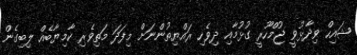
ޝައިހް ވިދާޅުވީ ޖުމްހޫރީ ގުޅުމާއި ދިވެހި ރައްޔިތުންނަށް މިފަދަ މަތިވެރި ކާމިޔާބެއް ލިބިގެން